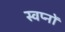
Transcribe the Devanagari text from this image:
स्वप्‍नों